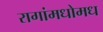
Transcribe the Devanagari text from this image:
रागांमधोमध